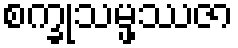
စက္ခုသမ္ဖဿဇာ